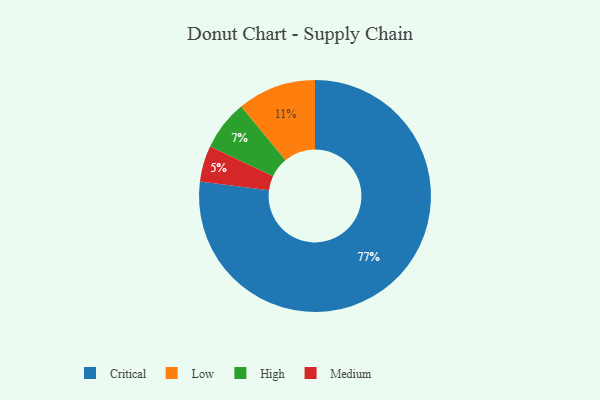
{"axis": {"x": "Category", "y": "Percentage"}, "legend": ["Critical", "High", "Low", "Medium"], "data": [{"x": "Medium", "y": 5, "type": "Medium"}, {"x": "Low", "y": 11, "type": "Low"}, {"x": "Critical", "y": 77, "type": "Critical"}, {"x": "High", "y": 7, "type": "High"}]}